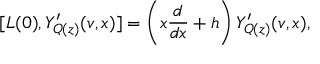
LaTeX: [ L ( 0 ) , Y _ { Q ( z ) } ^ { \prime } ( v , x ) ] = \left( x \frac { d } { d x } + h \right) Y _ { Q ( z ) } ^ { \prime } ( v , x ) ,